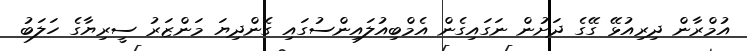
އުމްރާން ދިރިއުޅޭ ގޭގެ ދަށުން ނަގައިގެން އެމްބިއުލައިންސުގައި ގެންދިޔަ މަންޒަރު ސީރިޔާގެ ހަލަބު